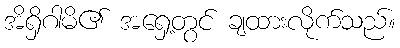
အိရှိဂါမိ၏ အရှေ့တွင် ချထားလိုက်သည်။